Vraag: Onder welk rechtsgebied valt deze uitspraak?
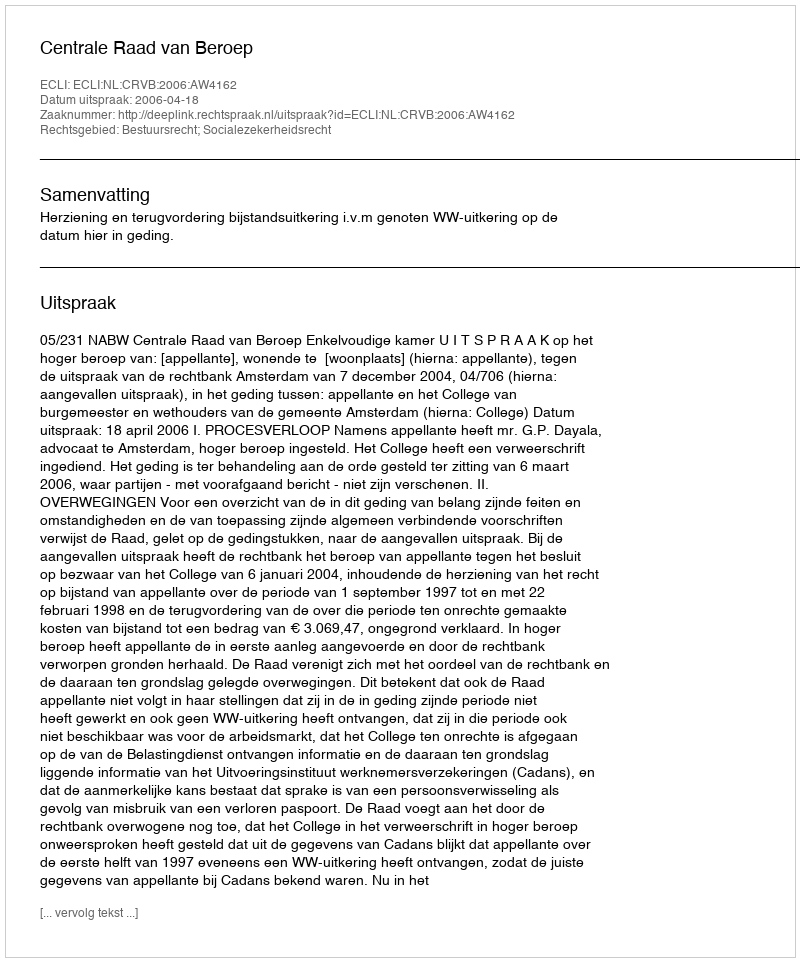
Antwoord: Bestuursrecht; Socialezekerheidsrecht